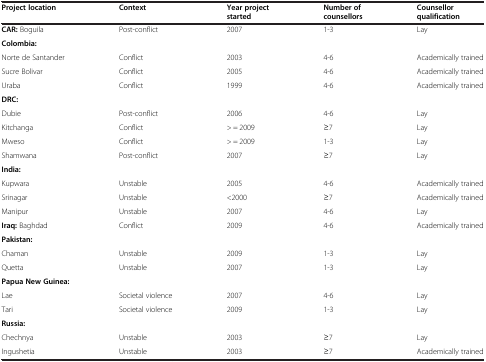
<table><thead><tr><td><b>Project location</b></td><td><b>Context</b></td><td><b>Year project started</b></td><td><b>Number of counsellors</b></td><td><b>Counsellor qualification</b></td></tr></thead><tbody><tr><td><b>CAR:</b> Boguila</td><td>Post-conflict</td><td>2007</td><td>1-3</td><td>Lay</td></tr><tr><td colspan="5"><b>Colombia:</b></td></tr><tr><td>Norte de Santander</td><td>Conflict</td><td>2003</td><td>4-6</td><td>Academically trained</td></tr><tr><td>Sucre Bolivar</td><td>Conflict</td><td>2005</td><td>4-6</td><td>Academically trained</td></tr><tr><td>Uraba</td><td>Conflict</td><td>1999</td><td>4-6</td><td>Academically trained</td></tr><tr><td colspan="5"><b>DRC:</b></td></tr><tr><td>Dubie</td><td>Post-conflict</td><td>2006</td><td>4-6</td><td>Lay</td></tr><tr><td>Kitchanga</td><td>Conflict</td><td>&gt; = 2009</td><td>≥7</td><td>Lay</td></tr><tr><td>Mweso</td><td>Conflict</td><td>&gt; = 2009</td><td>1-3</td><td>Lay</td></tr><tr><td>Shamwana</td><td>Post-conflict</td><td>2007</td><td>≥7</td><td>Lay</td></tr><tr><td colspan="5"><b>India:</b></td></tr><tr><td>Kupwara</td><td>Unstable</td><td>2005</td><td>4-6</td><td>Academically trained</td></tr><tr><td>Srinagar</td><td>Unstable</td><td>&lt;2000</td><td>≥7</td><td>Academically trained</td></tr><tr><td>Manipur</td><td>Unstable</td><td>2007</td><td>4-6</td><td>Lay</td></tr><tr><td><b>Iraq:</b> Baghdad</td><td>Conflict</td><td>2009</td><td>4-6</td><td>Academically trained</td></tr><tr><td colspan="5"><b>Pakistan:</b></td></tr><tr><td>Chaman</td><td>Unstable</td><td>2009</td><td>1-3</td><td>Lay</td></tr><tr><td>Quetta</td><td>Unstable</td><td>2007</td><td>1-3</td><td>Lay</td></tr><tr><td colspan="5"><b>Papua New Guinea:</b></td></tr><tr><td>Lae</td><td>Societal violence</td><td>2007</td><td>4-6</td><td>Lay</td></tr><tr><td>Tari</td><td>Societal violence</td><td>2009</td><td>1-3</td><td>Lay</td></tr><tr><td colspan="5"><b>Russia:</b></td></tr><tr><td>Chechnya</td><td>Unstable</td><td>2003</td><td>≥7</td><td>Lay</td></tr><tr><td>Ingushetia</td><td>Unstable</td><td>2003</td><td>≥7</td><td>Academically trained</td></tr></tbody></table>